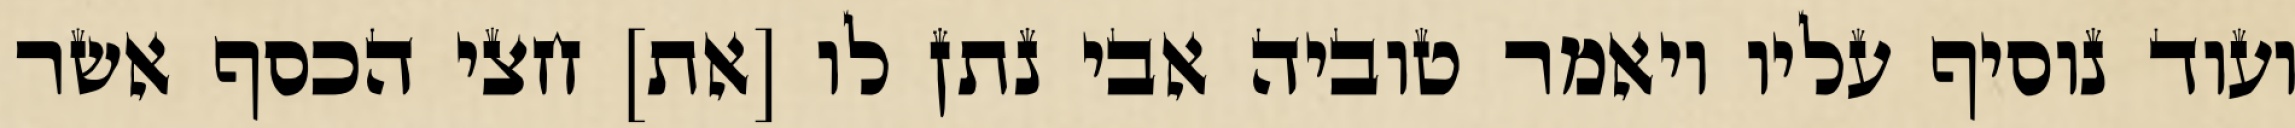
ועוד נוסיף עליו ויאמר טוביה אבי נתן לו [את] חצי הכסף אשר